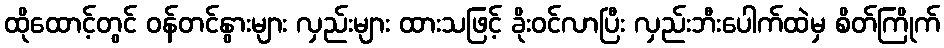
ထိုထောင့်တွင် ဝန်တင်နွားများ လှည်းများ ထားသဖြင့် ခိုးဝင်လာပြီး လှည်းဘီးပေါက်ထဲမှ စိတ်ကြိုက်